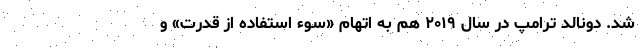
شد. دونالد ترامپ در سال ۲۰۱۹ هم به اتهام «سوء استفاده از قدرت» و